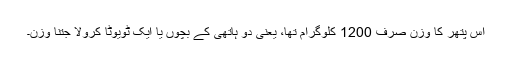
اس پتھر کا وزن صرف 1200 کلوگرام تھا، یعنی دو ہاتھی کے بچوں یا ایک ٹویوٹا کرولا جتنا وزن۔